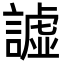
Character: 譃